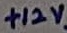
Text: +12V